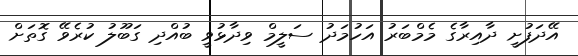
އޭދަފުށީ ދާއިރާގެ މެމްބަރު އަހުމަދު ސަލީމް ވިދާޅުވީ ބުއްދި ގަބޫލު ކުރެވޭ ގޮތަށް